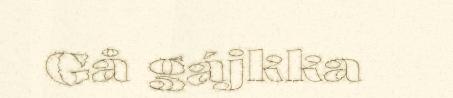
Gå gájkka